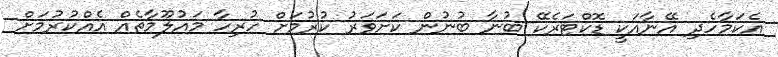
އެކަމާހެދި އޭނާއަކީ ޑޮކްޓަރެކޭ ބުނާ ބުނުން ކަށަވަރު ކުރުމަށް ހުރިހާ މައުލޫމާތެއް އެއްކުރުމަށް